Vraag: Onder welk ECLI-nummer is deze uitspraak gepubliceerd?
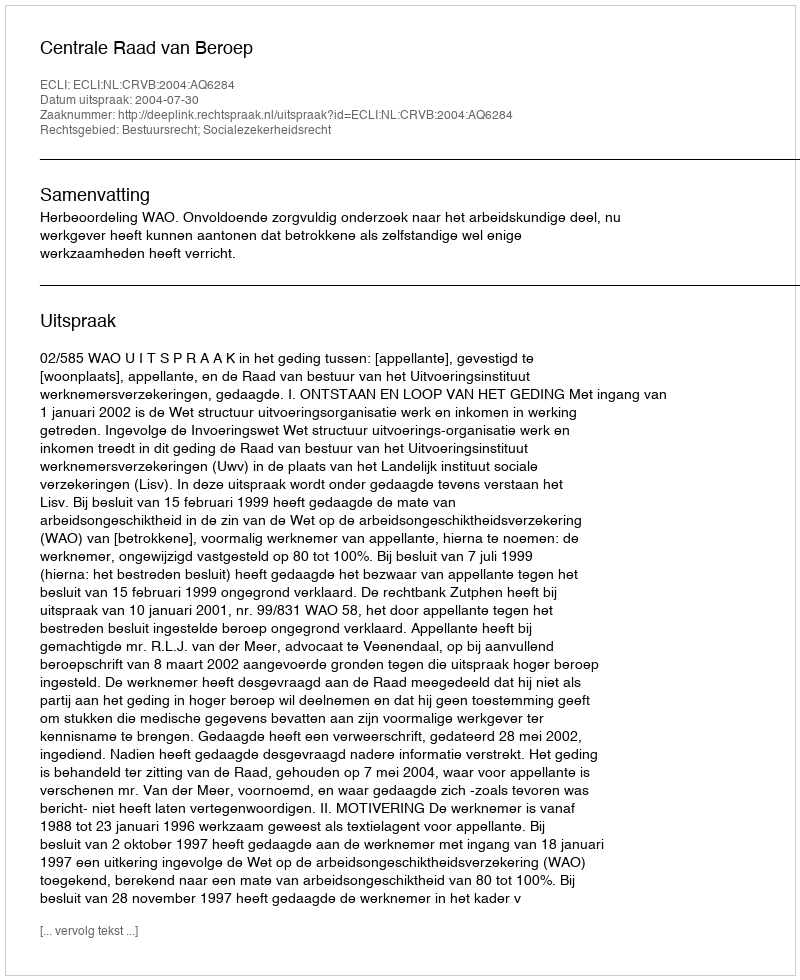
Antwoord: ECLI:NL:CRVB:2004:AQ6284